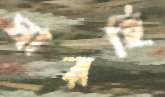
ঘারহি